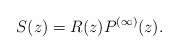
LaTeX: \begin{align*}S(z) = R(z) P^{(\infty)}(z).\end{align*}